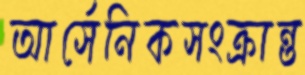
আর্সেনিকসংক্রান্ত